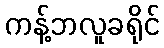
ကန့်ဘလူခရိုင်